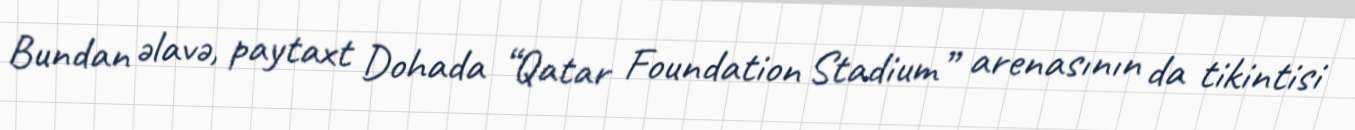
Bundan əlavə, paytaxt Dohada “Qatar Foundation Stadium” arenasının da tikintisi